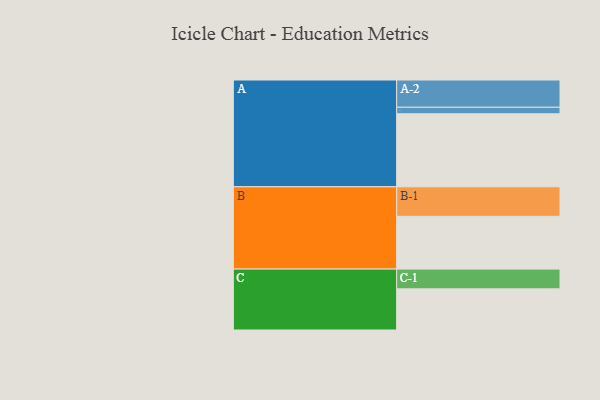
{"axis": {"x": "Segment", "y": "Value"}, "legend": ["", "A", "B", "C"], "data": [{"x": "A", "y": 584, "type": ""}, {"x": "B", "y": 422, "type": ""}, {"x": "C", "y": 329, "type": ""}, {"x": "A-1", "y": 52, "type": "A"}, {"x": "A-2", "y": 218, "type": "A"}, {"x": "B-1", "y": 236, "type": "B"}, {"x": "C-1", "y": 158, "type": "C"}]}